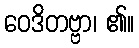
ဝေဒိတဗ္ဗာ၊ ၏။